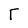
Character: T